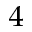
^ 4